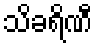
သိခရိဏီ